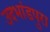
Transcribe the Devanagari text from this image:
उदभांडपुरा